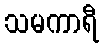
သမကာရီ